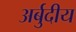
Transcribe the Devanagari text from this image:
अर्बुदीय